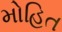
મોહિત